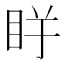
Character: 𱲭